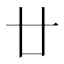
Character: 廿